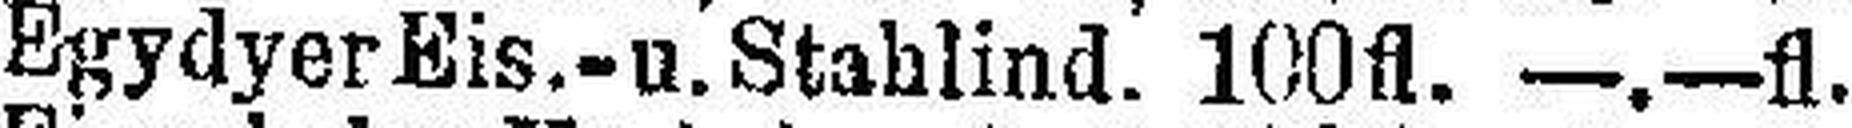
Egydyer Eis.-u. Stahlind. 100fl. —.—fl.